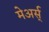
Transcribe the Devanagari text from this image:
मेअर्स्